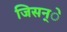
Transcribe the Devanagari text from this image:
जिसन्े